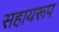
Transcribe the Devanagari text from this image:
सहायरूप